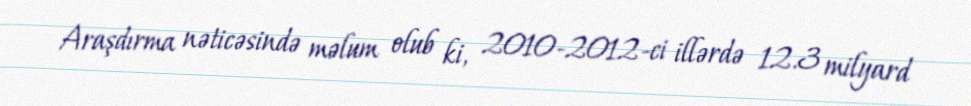
Araşdırma nəticəsində məlum olub ki, 2010-2012-ci illərdə 12.3 milyard